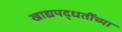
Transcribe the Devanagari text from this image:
खाद्यपद्धतींच्या